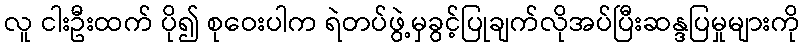
လူ ငါးဦးထက် ပို၍ စုဝေးပါက ရဲတပ်ဖွဲ့မှခွင့်ပြုချက်လိုအပ်ပြီးဆန္ဒပြမှုများကို